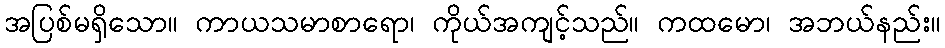
အပြစ်မရှိသော။ ကာယသမာစာရော၊ ကိုယ်အကျင့်သည်။ ကထမော၊ အဘယ်နည်း။